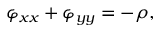
\varphi _ { x x } + \varphi _ { y y } = - \rho ,